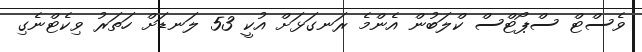
ވެސްޓް ސްޕޯޓްސް ކްލަބުން އެންމެ ރަނގަޅަށް އުކީ 53 ލަނޑަށް ހަތަރު ވިކެޓްނެގި